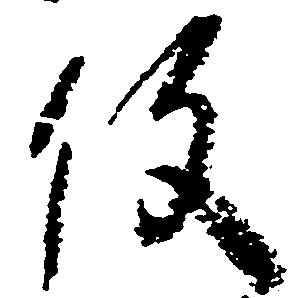
役